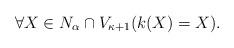
LaTeX: \begin{align*}\forall X \in N_{\alpha} \cap V_{\kappa+1}(k(X)=X).\end{align*}